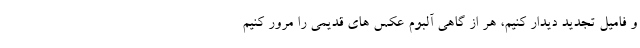
و فامیل تجدید دیدار کنیم، هر از گاهی آلبوم عکس های قدیمی را مرور کنیم